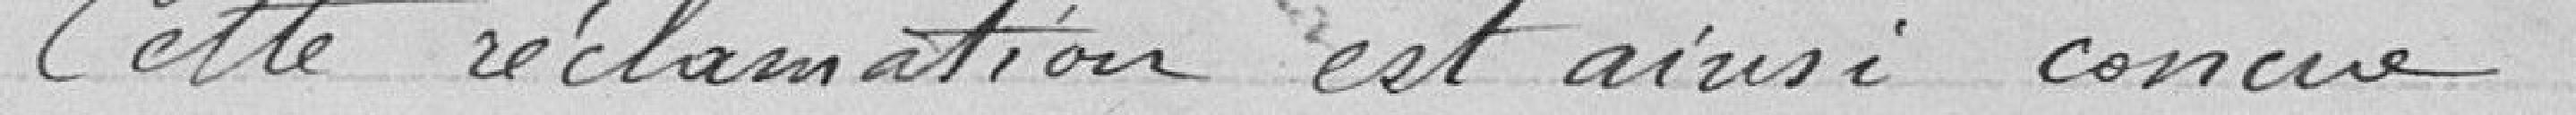
Cette réclamation est ainsi conçue :